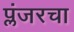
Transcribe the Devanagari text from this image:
प्लंजरचा